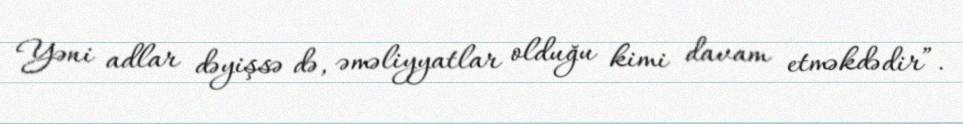
Yəni adlar dəyişsə də, əməliyyatlar olduğu kimi davam etməkdədir”.